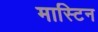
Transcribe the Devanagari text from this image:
मास्टिन